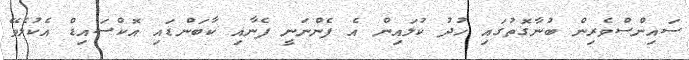
ސައިންސްވެރިން ބުނާގޮތުގައި ހުދު ކުލައިން އެ ފެންނަނީ ފެނާއި ކާބަންޑައި އޮކްސައިޑް އެކުލެވޭ